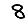
Digit: 8